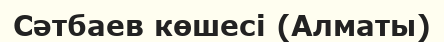
Сәтбаев көшесі (Алматы)